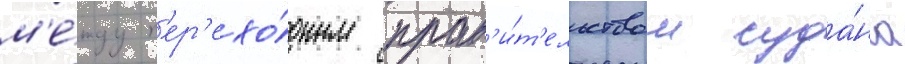
м'е́жду п'ер'ехо́дным прав'и́т'ельством суда́на